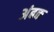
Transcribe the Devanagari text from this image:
अंबक